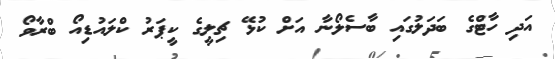
އަދި ހާޓްގެ ބަދަލުގައި ބާސެލޯނާ އަށް ކުޅޭ ޗިލީގެ ކީޕަރު ކްލައުޑިއޯ ބްރާވޯ